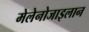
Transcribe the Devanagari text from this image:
मेलेनोजाइलान